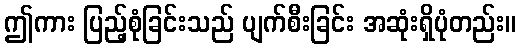
ဤကား ပြည့်စုံခြင်းသည် ပျက်စီးခြင်း အဆုံးရှိပုံတည်း။